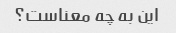
این به چه معناست؟